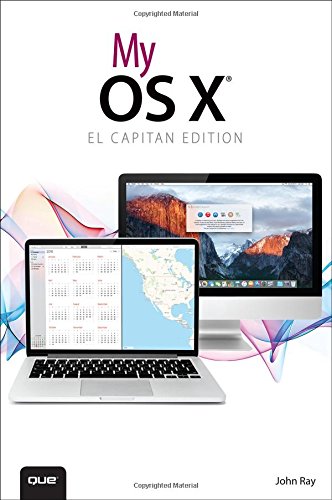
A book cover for My OS X (El Capitan Edition); John Ray; Computers & Technology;